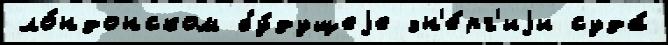
ло́ндонском бу́дущеjе эн'е́рг'иjи суда́